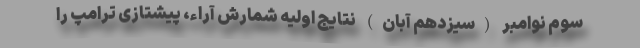
سوم نوامبر (سیزدهم آبان) نتایج اولیه شمارش آراء، پیشتازی ترامپ را